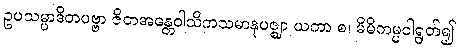
ဥပသမ္ပာဒိတပဗ္ဗာ ဇိတအန္တေဝါသိကသမာနုပဇ္ဈာ ယကာ စ၊ မိမိကမ္မဝါရွတ်၍